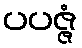
ပပဇ္ဇံ